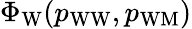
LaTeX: \Phi_{\mathrm{W}}(p_{\mathrm{WW}},p_{\mathrm{WM}})